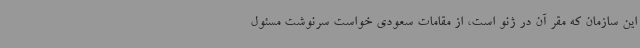
این سازمان که مقر آن در ژنو است، از مقامات سعودی خواست سرنوشت مسئول